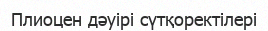
Плиоцен дәуірі сүтқоректілері